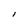
Character: l